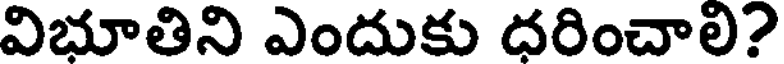
విభూతిని ఎందుకు ధరించాలి?